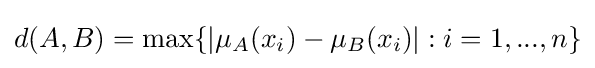
d(A,B)=\max\{|\mu _{A}(x_{i})-\mu _{B}(x_{i})|:i=1,...,n\}